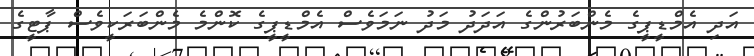
އަދި އެމްޑީޕީގެ މެންބަރުންގެ އަދަދު މަދު ނަމަވެސް އެމްޑީޕީގެ ކޮންމެ މެންބަރަކީވެސް ޕާޓީގެ